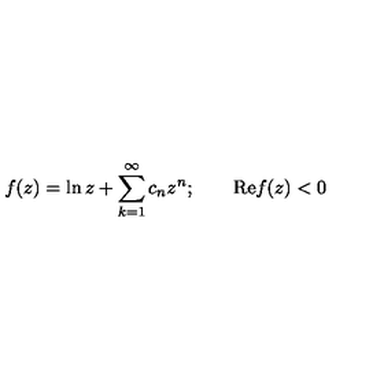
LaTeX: f ( z ) = \ln z + \sum _ { k = 1 } ^ { \infty } c _ { n } z ^ { n } ; \qquad \mathrm { R e } f ( z ) < 0